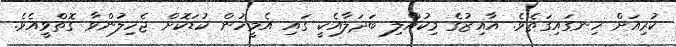
ކުރިއަށް ހިނގައިގަތެވެ. އާއިޒުގެ މިކުއްލި ބަދަލާއެކީ ގައި އެމީހުން ކުޑަކޮށް ޖެހިލުންވާ ގޮތްވީއެވެ.